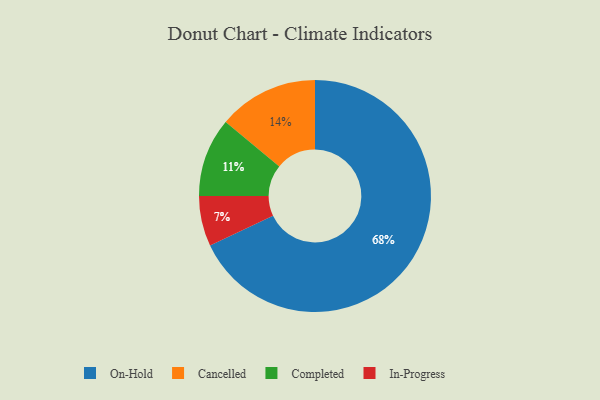
{"axis": {"x": "Category", "y": "Percentage"}, "legend": ["Cancelled", "Completed", "In-Progress", "On-Hold"], "data": [{"x": "Cancelled", "y": 14, "type": "Cancelled"}, {"x": "Completed", "y": 11, "type": "Completed"}, {"x": "In-Progress", "y": 7, "type": "In-Progress"}, {"x": "On-Hold", "y": 68, "type": "On-Hold"}]}